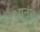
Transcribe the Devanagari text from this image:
भानंत